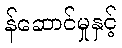
န်ဆောင်မှုနှင့်